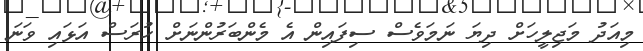
މިއަދު މަޖިލީހަށް ދިޔަ ނަމަވެސް ސިފައިން އެ މެންބަރުންނަށް ހުރަސް އަޅައި ވަނަ